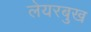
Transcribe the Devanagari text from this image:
लेयरबुख